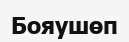
Бояушөп